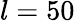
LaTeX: l=50